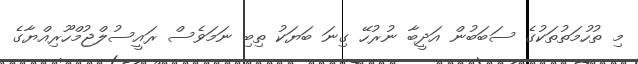
މި ތުހުމަތުތަކުގެ ސަބަބުން އަދީބާ ނުރުހޭ ގިނަ ބަޔަކު ތިބި ނަމަވެސް ރައީސުލްޖުމްހޫރިއްޔާގެ